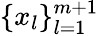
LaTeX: \{ x_{l}\} _{l=1}^{m+1}